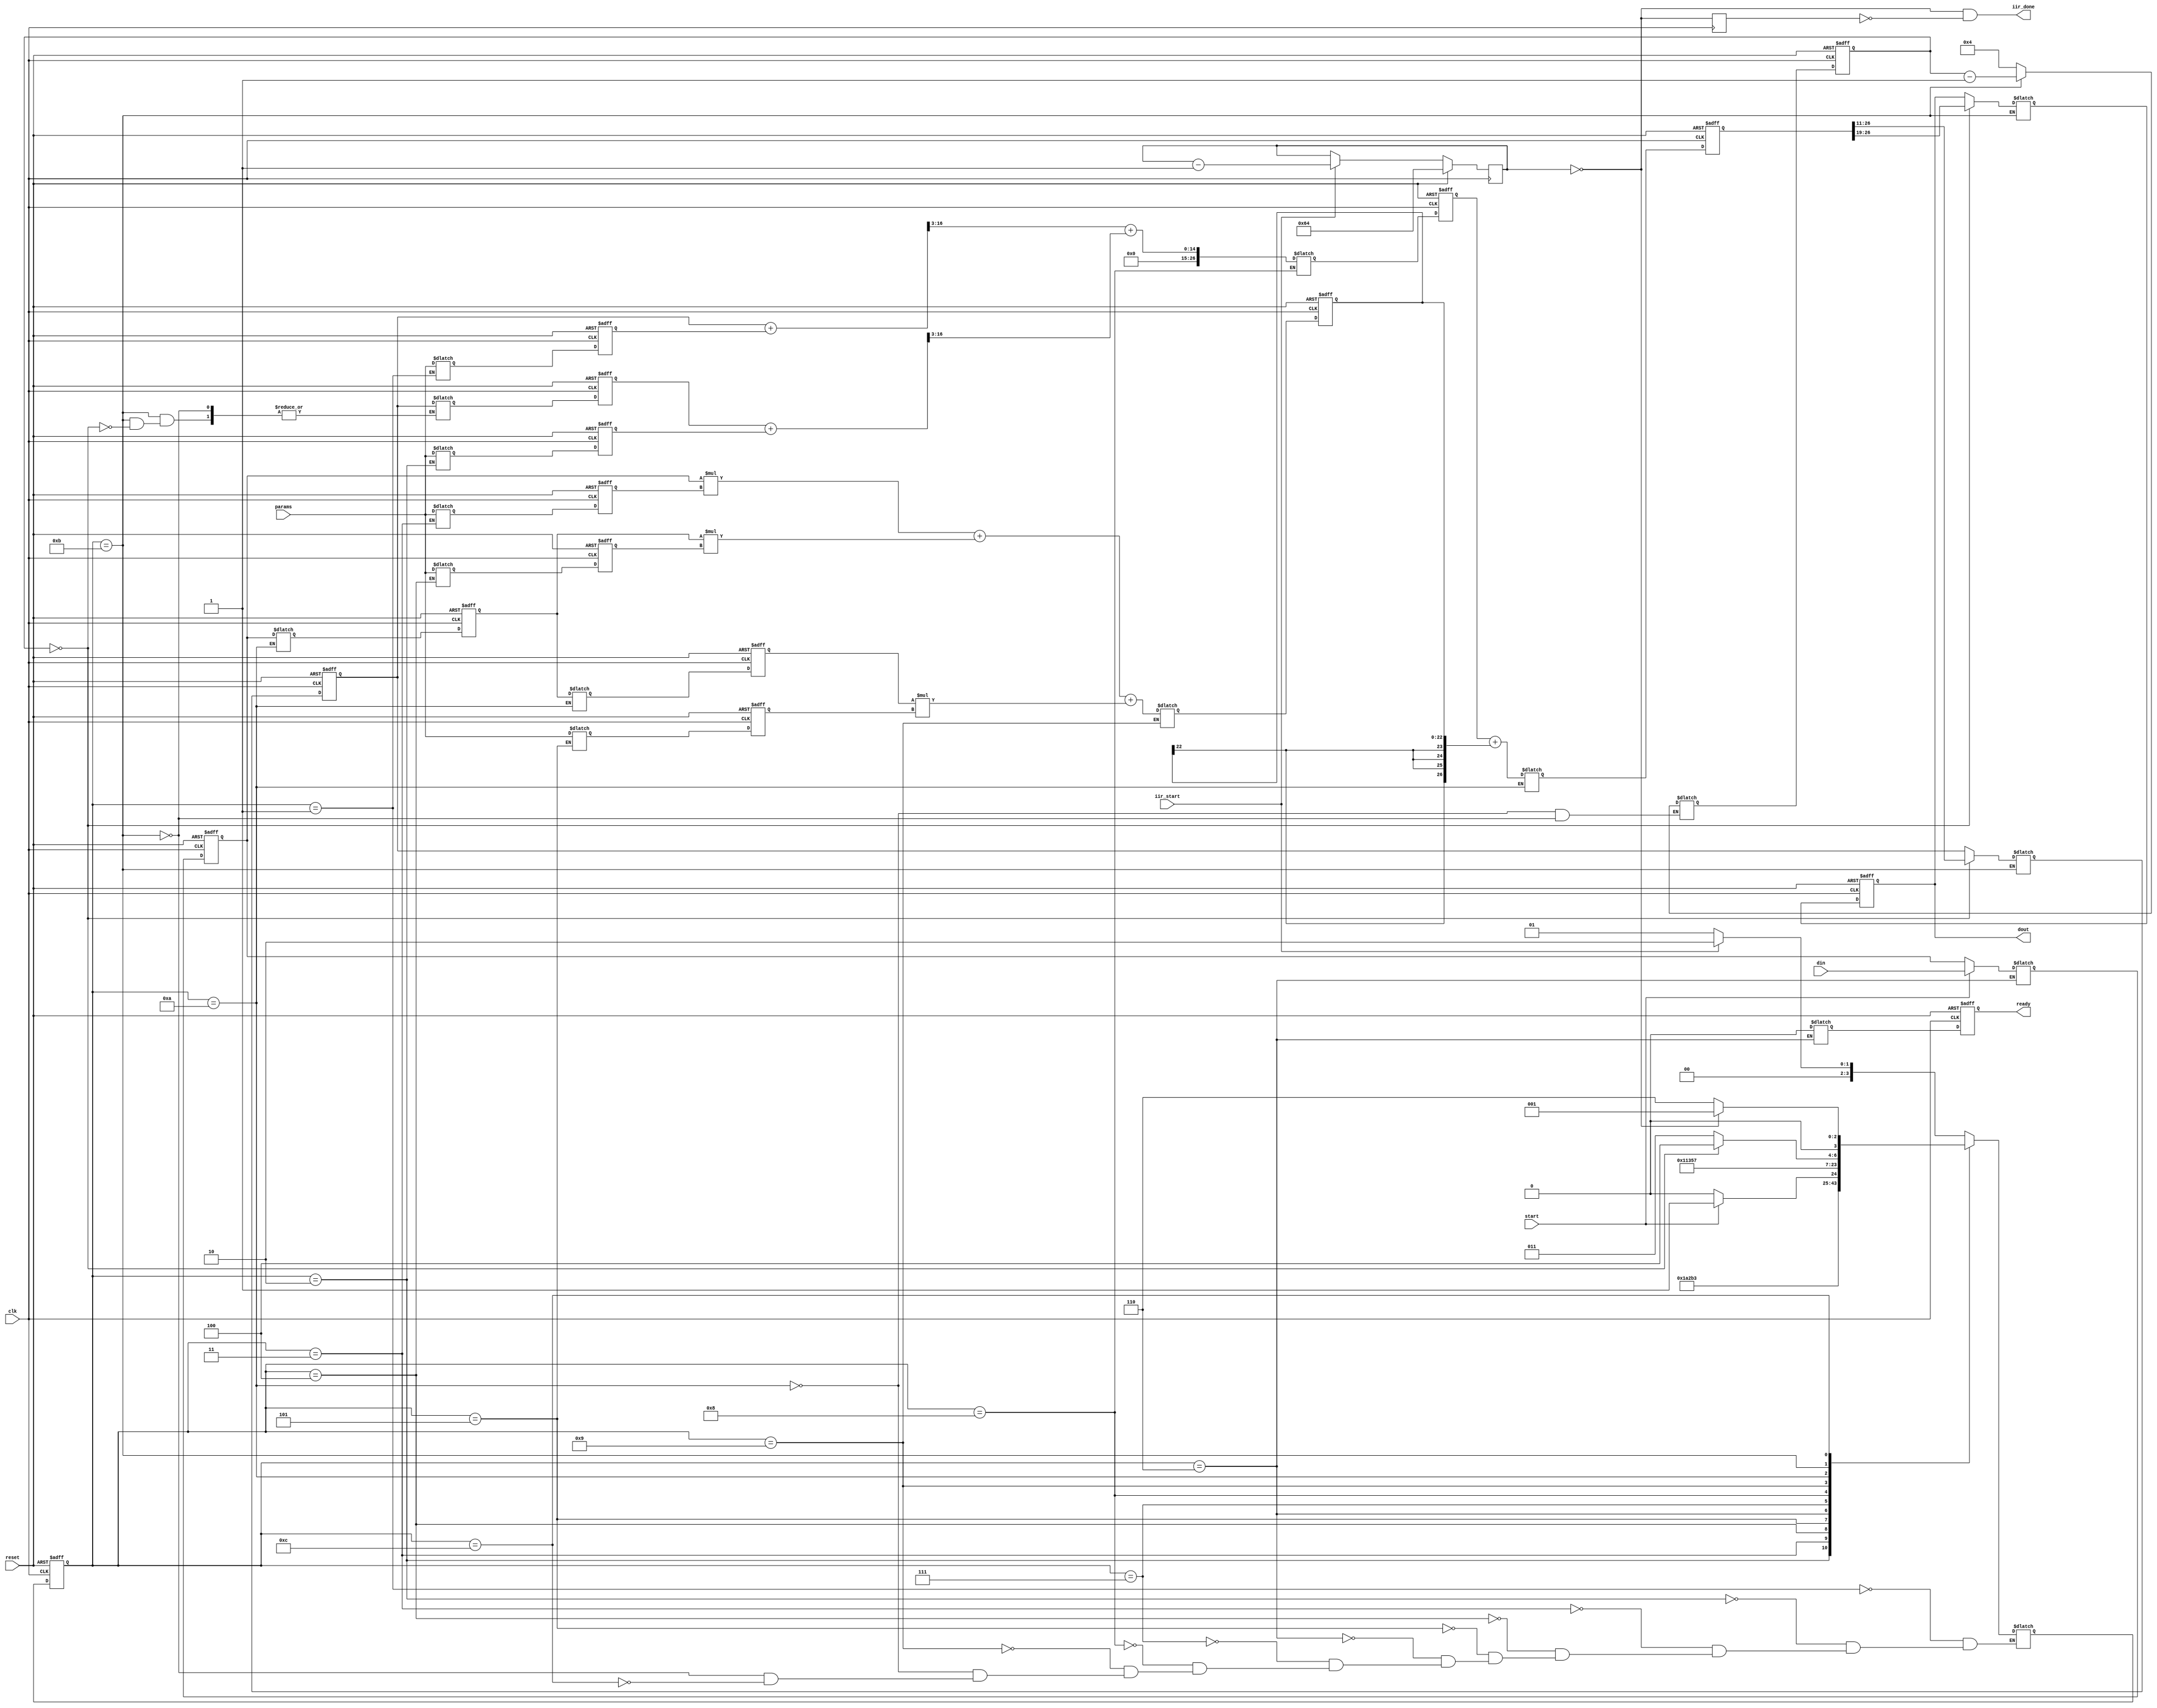
/*Copyright 2018-2022 F4PGA Authors
*
* Licensed under the Apache License, Version 2.0 (the "License");
* you may not use this file except in compliance with the License.
* You may obtain a copy of the License at
*
*    http://www.apache.org/licenses/LICENSE-2.0
*
* Unless required by applicable law or agreed to in writing, software
* distributed under the License is distributed on an "AS IS" BASIS,
* WITHOUT WARRANTIES OR CONDITIONS OF ANY KIND, either express or implied.
* See the License for the specific language governing permissions and
* limitations under the License.
*
* SPDX-License-Identifier: Apache-2.0
*/

module top (clk, reset, start, din, params, dout, ready,iir_start,iir_done);
input clk, reset, start;
input [7:0] din;
input [15:0] params;
output [7:0] dout;
reg [7:0] dout;
output ready;
reg ready;
reg temp_ready;
reg [6:0] finite_counter;
wire count0;
input iir_start;
output iir_done;
wire iir_done;
reg del_count0;

reg [15:0] a1, a2, b0, b1, b2, yk1, yk2;
reg [7:0] uk, uk1, uk2 ;
reg [28:0] ysum ;
reg [26:0] yk ;
reg [22:0] utmp;
reg [3:0] wait_counter ;
// temporary variable
wire [31:0] yo1, yo2;
//wire [23:0] b0t, b1t, b2t;
wire [22:0] b0t, b1t, b2t;
wire [22:0] b0tpaj, b1tpaj, b2tpaj;

reg [3:0] obf_state, obf_next_state ;

reg [7:0] temp_uk, temp_uk1, temp_uk2 ;
reg [15:0] temp_a1, temp_a2, temp_b0, temp_b1, temp_b2, temp_yk1, temp_yk2;
reg [28:0] temp_ysum ;
reg [26:0] temp_yk ;
reg [22:0] temp_utmp;
reg [7:0] temp_dout;
reg [3:0] temp_wait_counter ;

parameter 
idle = 4'b0001 ,
load_a2 = 4'b0010 ,
load_b0 = 4'b0011 ,
load_b1 = 4'b0100 ,
load_b2 = 4'b0101 ,
wait4_start = 4'b0110 , 
latch_din = 4'b0111 ,
compute_a = 4'b1000 ,
compute_b = 4'b1001 ,
compute_yk = 4'b1010 ,
wait4_count = 4'b1011 ,
latch_dout = 4'b1100 ;

always @(obf_state or start or din or wait_counter or iir_start or count0) 
begin
	case (obf_state ) 
		idle : 
			begin
				if (iir_start)
					obf_next_state = load_a2 ;
				else
					obf_next_state = idle;
				temp_a1 = params ; 
			end
		load_a2 :
			begin
				 obf_next_state = load_b0 ;
				 temp_a2 = params ; 
			end
		load_b0 : 
			begin
				obf_next_state = load_b1 ;
				temp_b0 = params ; 
			end
		load_b1 : 
			begin
				obf_next_state = load_b2 ;
				temp_b1 = params ; 
			end
		load_b2 : 
			begin
				obf_next_state = wait4_start ;
				temp_b2 = params ; 
			end
		wait4_start : 
			begin
				if (start)
				begin
					obf_next_state = latch_din ;
					temp_uk = din ; 
				end
				else
				begin
					obf_next_state = wait4_start ;
					temp_uk = uk;
				end
				temp_ready = wait4_start;
			end
		latch_din : 
			begin
				obf_next_state = compute_a ;
			end
		compute_a : 
			begin
				obf_next_state = compute_b ;

				temp_ysum = yo1[31:3] + yo2[31:3];
			end
		compute_b : 
			begin
				obf_next_state = compute_yk ;

//				temp_utmp = b0t[23:0] + b1t[23:0] + b2t[23:0];
				temp_utmp = b0t + b1t + b2t;
			end
		compute_yk : 
			begin
				obf_next_state = wait4_count ;
				temp_uk1 = uk ;
				temp_uk2 = uk1 ;
				temp_yk = ysum[26:0] + {utmp[22], utmp[22], utmp[22], utmp[22], utmp};
				temp_wait_counter = 4 ;
			end

		wait4_count : 
			begin
				if (wait_counter==0 )
				begin
					obf_next_state = latch_dout ;

					temp_dout = yk[26:19];
					temp_yk1 = yk[26:11] ;
					temp_yk2 = yk1 ;
				end
				else
				begin
					obf_next_state = wait4_count ; 
					temp_dout = dout;
					temp_yk1 = yk1;
					//temp_yk2 = yk2;
				end

				temp_wait_counter = wait_counter - 1;
			end
		latch_dout : 
				if (count0)
					obf_next_state = idle;
				else 
					obf_next_state = wait4_start ;
	endcase
end 



//assign yo1 = mul_tc_16_16(yk1, a1, clk);
assign yo1 = yk1 + a1;
//assign yo2 = mul_tc_16_16(yk2, a2, clk);
assign yo2 = yk2 + a2;
//assign b0t = mul_tc_8_16(uk, b0, clk);
//assign b1t = mul_tc_8_16(uk1, b1, clk);
//assign b2t = mul_tc_8_16(uk2, b2, clk);
assign b0t = uk*b0;
assign b1t = uk1*b1;
assign b2t = uk2*b2;
// paj added to solve unused high order bit
assign b0tpaj = b0t;
assign b1tpaj = b1t;
assign b2tpaj = b2t;

// A COEFFICENTS
always @(posedge clk or posedge reset) begin
	if (reset ) begin
		uk <= 0 ;
		uk1 <= 0 ;
		uk2 <= 0 ;
		yk1 <= 0 ;
		yk2 <= 0 ;
		yk <= 0 ;
		ysum <= 0 ;
		utmp <= 0 ;
		a1 <= 0 ;
		a2 <= 0 ;
		b0 <= 0 ;
		b1 <= 0 ;
		b2 <= 0 ;
		dout <= 0 ;
		obf_state <= idle ;
		ready <= 0;
	end
	else begin
		obf_state <= obf_next_state ;
			uk1 <= temp_uk1;
			uk2 <= temp_uk2;
			yk <= temp_yk;
			uk <= temp_uk ;
			a1 <= temp_a1 ; 
			a2 <= temp_a2 ; 
			b0 <= temp_b0 ; 
			b1 <= temp_b1 ; 
			b2 <= temp_b2 ; 
			ysum <= temp_ysum;
			utmp <= temp_utmp;
			dout <= temp_dout;
			yk1 <= temp_yk1;
			yk2 <= temp_yk2;
			ready <= temp_ready;
	end
end

// wait counter, count 4 clock after sum is calculated, to 
// time outputs are ready, and filter is ready to accept next
// input
always @(posedge clk or posedge reset ) begin
	if (reset )
		wait_counter <= 0 ;
	else begin
		wait_counter <= temp_wait_counter ;
	end
end

always @(posedge clk) begin
	if (reset)
		finite_counter<=100;
	else 
		if (iir_start) 
			finite_counter<=finite_counter -1;
		else 
			finite_counter<=finite_counter;
end

assign count0=finite_counter==7'b0;

always @(posedge clk) begin
	del_count0 <= count0;
end

assign iir_done = (count0 && ~del_count0); 

endmodule